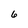
Character: 6